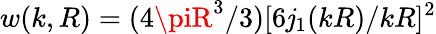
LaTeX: w(k,R)=(4\piR^{3}/3)[6\mathit{j}_{1}(kR)/kR]^{2}